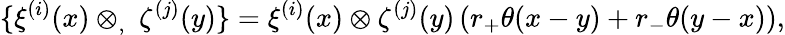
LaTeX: \{ \xi^{(i)}(x)\otimes_{,}\ \zeta^{(j)}(y)\} =\xi^{(i)}(x)\otimes\zeta^{(j)}(y)\left(r_{+}\theta(x-y)+r_{-}\theta(y-x)\right),